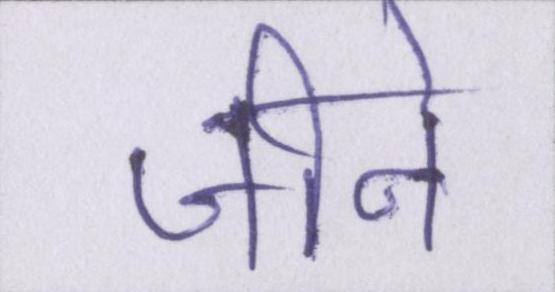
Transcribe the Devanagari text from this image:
जीने